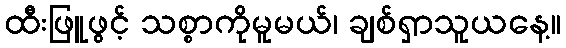
ထီးဖြူဖွင့် သစ္စာကိုမူမယ်၊ ချစ်ရှာသူယနေ့။